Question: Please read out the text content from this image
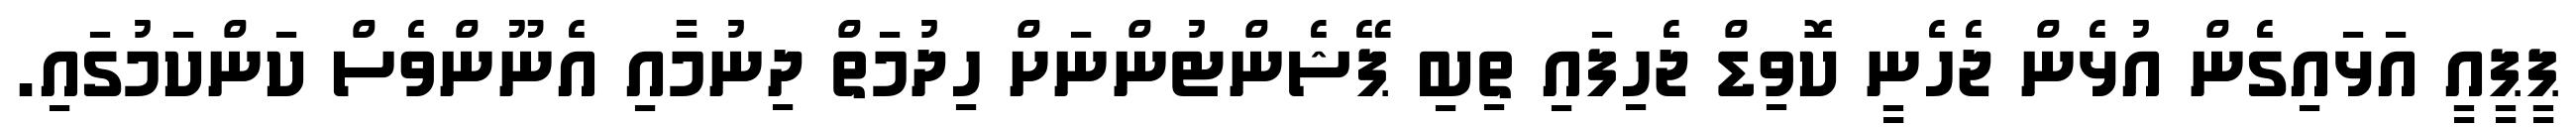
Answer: ޕީޕީއީ އަޅައިގެން އުޅެން ޖެހެނީ ކޮވިޑް ޖެހިފައި ތިބި ޕޭޝެންޓުންނަށް ހިދުމަތް ދިނުމާއި އެނޫންވެސް ކަންކަމުގައި.